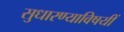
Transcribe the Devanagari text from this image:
सुधारण्याविषयीं